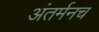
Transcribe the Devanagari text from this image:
अंतर्मनच